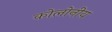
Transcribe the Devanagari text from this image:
कोलोनीय